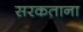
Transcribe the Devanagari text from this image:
सरकताना